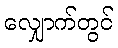
လျှောက်တွင်